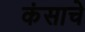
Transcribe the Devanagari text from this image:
कंसाचे